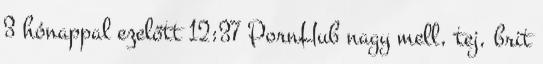
3 hónappal ezelőtt 12:37 PornHub nagy mell, tej, brit